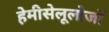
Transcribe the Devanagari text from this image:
हेमीसेलूलोजों